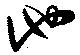
池